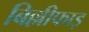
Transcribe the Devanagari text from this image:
बिल्लीफाड़